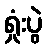
ရှုံးပွဲ